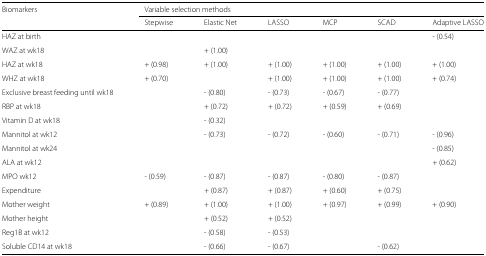
<table><thead><tr><td><b>Biomarkers</b></td><td colspan="6"><b>Variable selection methods</b></td></tr><tr><td></td><td><b>Stepwise</b></td><td><b>Elastic Net</b></td><td><b>LASSO</b></td><td><b>MCP</b></td><td><b>SCAD</b></td><td><b>Adaptive LASSO</b></td></tr></thead><tbody><tr><td>HAZ at birth</td><td></td><td></td><td></td><td></td><td></td><td>- (0.54)</td></tr><tr><td>WAZ at wk18</td><td></td><td>+ (1.00)</td><td></td><td></td><td></td><td></td></tr><tr><td>HAZ at wk18</td><td>+ (0.98)</td><td>+ (1.00)</td><td>+ (1.00)</td><td>+ (1.00)</td><td>+ (1.00)</td><td>+ (1.00)</td></tr><tr><td>WHZ at wk18</td><td>+ (0.70)</td><td></td><td>+ (1.00)</td><td>+ (1.00)</td><td>+ (1.00)</td><td>+ (0.74)</td></tr><tr><td>Exclusive breast feeding until wk18</td><td></td><td>- (0.80)</td><td>- (0.73)</td><td>- (0.67)</td><td>- (0.77)</td><td></td></tr><tr><td>RBP at wk18</td><td></td><td>+ (0.72)</td><td>+ (0.72)</td><td>+ (0.59)</td><td>+ (0.69)</td><td></td></tr><tr><td>Vitamin D at wk18</td><td></td><td>- (0.32)</td><td></td><td></td><td></td><td></td></tr><tr><td>Mannitol at wk12</td><td></td><td>- (0.73)</td><td>- (0.72)</td><td>- (0.60)</td><td>- (0.71)</td><td>- (0.96)</td></tr><tr><td>Mannitol at wk24</td><td></td><td></td><td></td><td></td><td></td><td>- (0.85)</td></tr><tr><td>ALA at wk12</td><td></td><td></td><td></td><td></td><td></td><td>+ (0.62)</td></tr><tr><td>MPO wk12</td><td>- (0.59)</td><td>- (0.87)</td><td>- (0.87)</td><td>- (0.80)</td><td>- (0.87)</td><td></td></tr><tr><td>Expenditure</td><td></td><td>+ (0.87)</td><td>+ (0.87)</td><td>+ (0.60)</td><td>+ (0.75)</td><td></td></tr><tr><td>Mother weight</td><td>+ (0.89)</td><td>+ (1.00)</td><td>+ (1.00)</td><td>+ (0.97)</td><td>+ (0.99)</td><td>+ (0.90)</td></tr><tr><td>Mother height</td><td></td><td>+ (0.52)</td><td>+ (0.52)</td><td></td><td></td><td></td></tr><tr><td>Reg1B at wk12</td><td></td><td>- (0.58)</td><td>- (0.53)</td><td></td><td></td><td></td></tr><tr><td>Soluble CD14 at wk18</td><td></td><td>- (0.66)</td><td>- (0.67)</td><td></td><td>- (0.62)</td><td></td></tr></tbody></table>